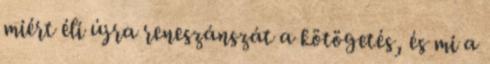
miért éli újra reneszánszát a kötögetés, és mi a